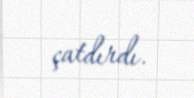
çatdırdı.